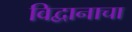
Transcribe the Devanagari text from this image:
विद्वानाचा